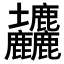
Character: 𡔙